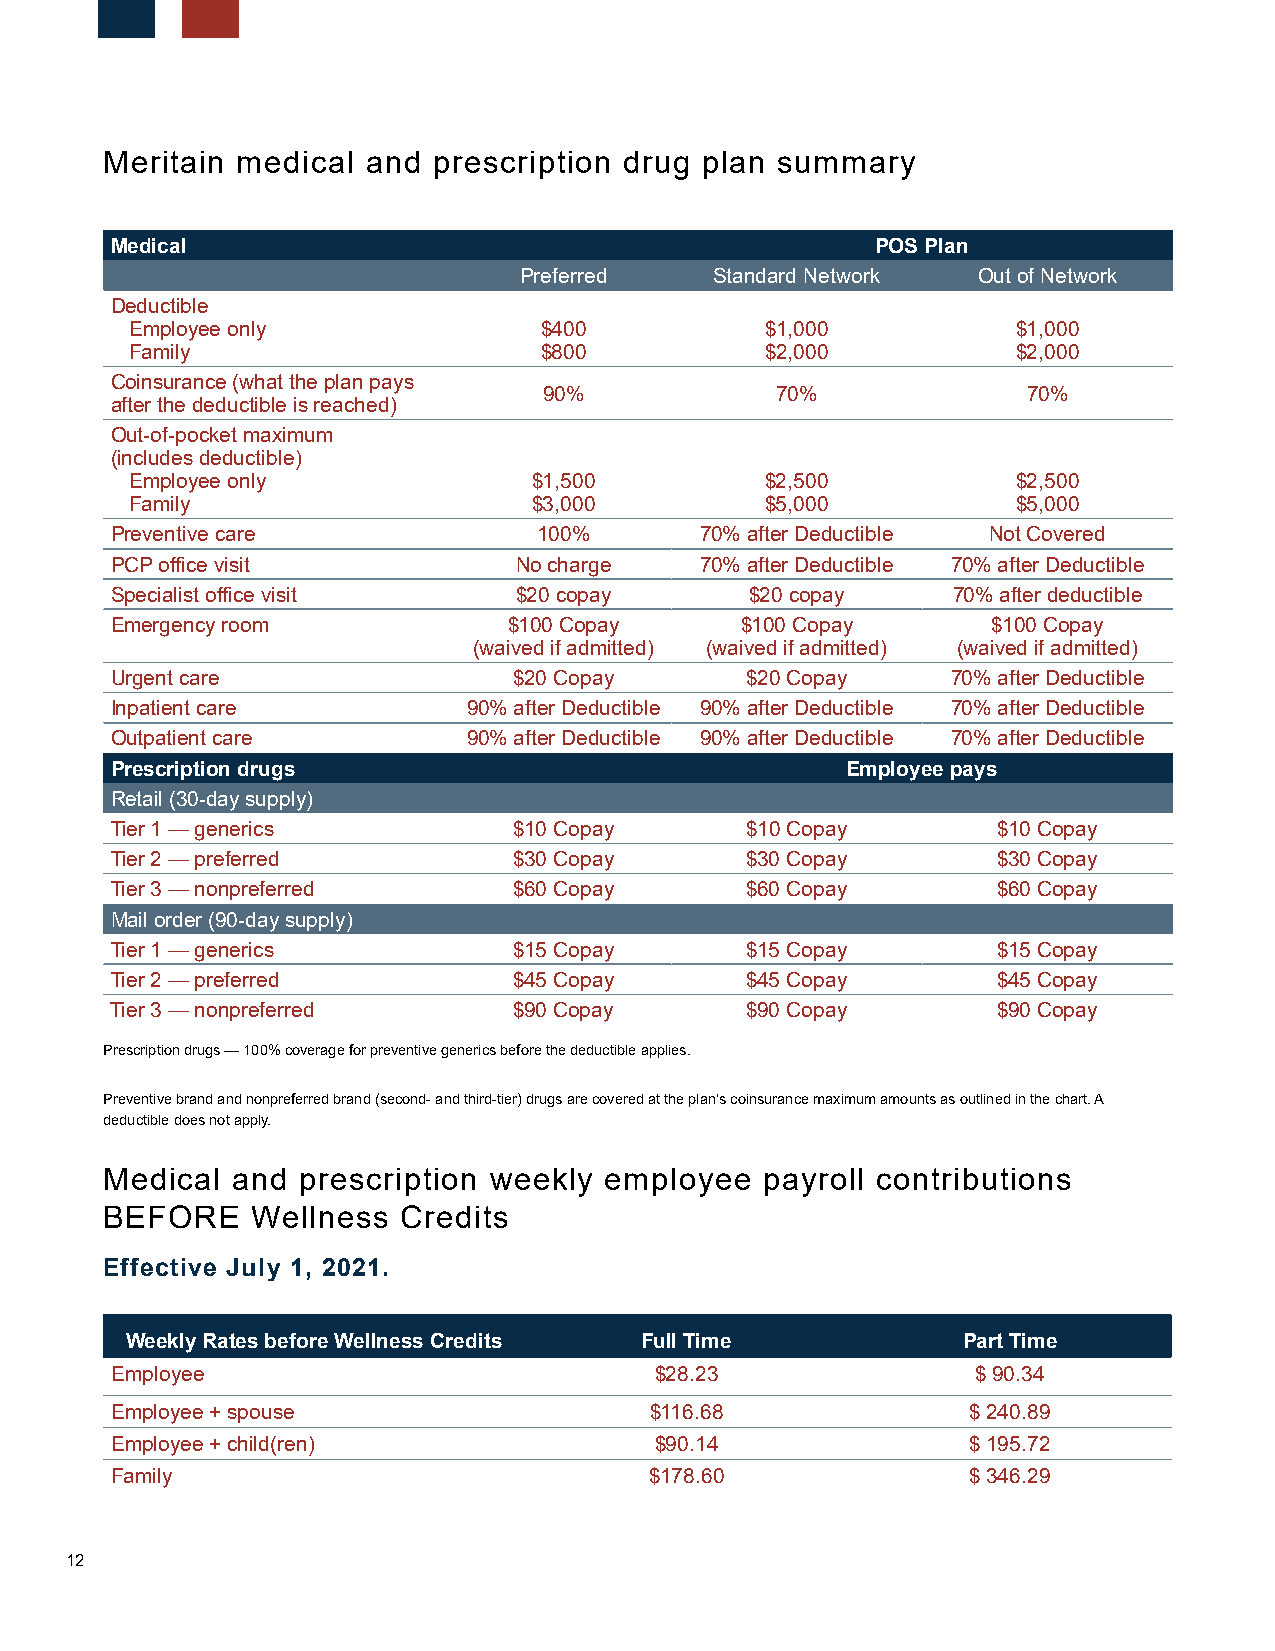
Meritain medical and  prescription drug plan summary
 Medical                                            POS Plan
 Preferred    Standard Network  Out of Network
 Deductible
 Employee only              $400           $1,000          $1,000
 Family                     $800           $2,000          $2,000
 Coinsurance (what the plan pays
 90%            70%              70%
 after the deductible is reached)
 Out-of-pocket maximum
 (includes deductible)
 Employee only             $1,500          $2,500          $2,500
 Family                    $3,000          $5,000          $5,000
 Preventive care              100%      70% after Deductible Not Covered
 PCP office visit           No charge   70% after Deductible 70% after Deductible
 Specialist office visit    $20 copay       $20 copay    70% after deductible
 Emergency room             $100 Copay     $100 Copay       $100 Copay
 (waived if admitted) (waived if admitted) (waived if admitted)
 Urgent care                $20 Copay      $20 Copay     70% after Deductible
 Inpatient care          90% after Deductible 90% after Deductible 70% after Deductible
 Outpatient care         90% after Deductible 90% after Deductible 70% after Deductible
 Prescription drugs                               Employee pays
 Retail (30-day supply)
 Tier 1 — generics          $10 Copay      $10 Copay        $10 Copay
 Tier 2 — preferred         $30 Copay      $30 Copay        $30 Copay
 Tier 3 — nonpreferred      $60 Copay      $60 Copay        $60 Copay
 Mail order (90-day supply)
 Tier 1 — generics          $15 Copay      $15 Copay        $15 Copay
 Tier 2 — preferred         $45 Copay      $45 Copay        $45 Copay
 Tier 3 — nonpreferred      $90 Copay      $90 Copay        $90 Copay
 Prescription drugs — 100% coverage for preventive generics before the deductible applies.
 Preventive brand and nonpreferred brand (second- and third-tier) drugs are covered at the plan’s coinsurance maximum amounts as outlined in the chart. A
 deductible does not apply.
 Medical and  prescription weekly employee   payroll contributions
 BEFORE    Wellness Credits
 Effective July 1, 2021.
 Weekly Rates before Wellness Credits Full Time          Part Time
 Employee                            $28.23                $ 90.34
 Employee + spouse                   $116.68              $ 240.89
 Employee + child(ren)               $90.14               $ 195.72
 Family                              $178.60              $ 346.29
 12